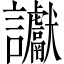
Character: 讞